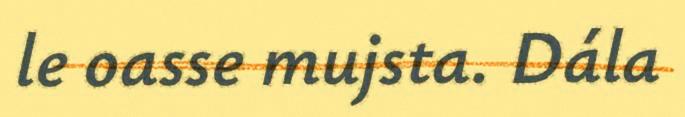
le oasse mujsta. Dála